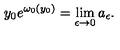
y _ { 0 } e ^ { \omega _ { 0 } ( y _ { 0 } ) } = \lim _ { \epsilon \to 0 } a _ { \epsilon } .